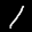
Label: 1